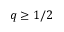
q \ge 1 / 2